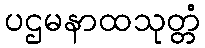
ပဌမနာထသုတ္တံ